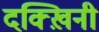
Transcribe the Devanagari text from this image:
दक्ख़िनी